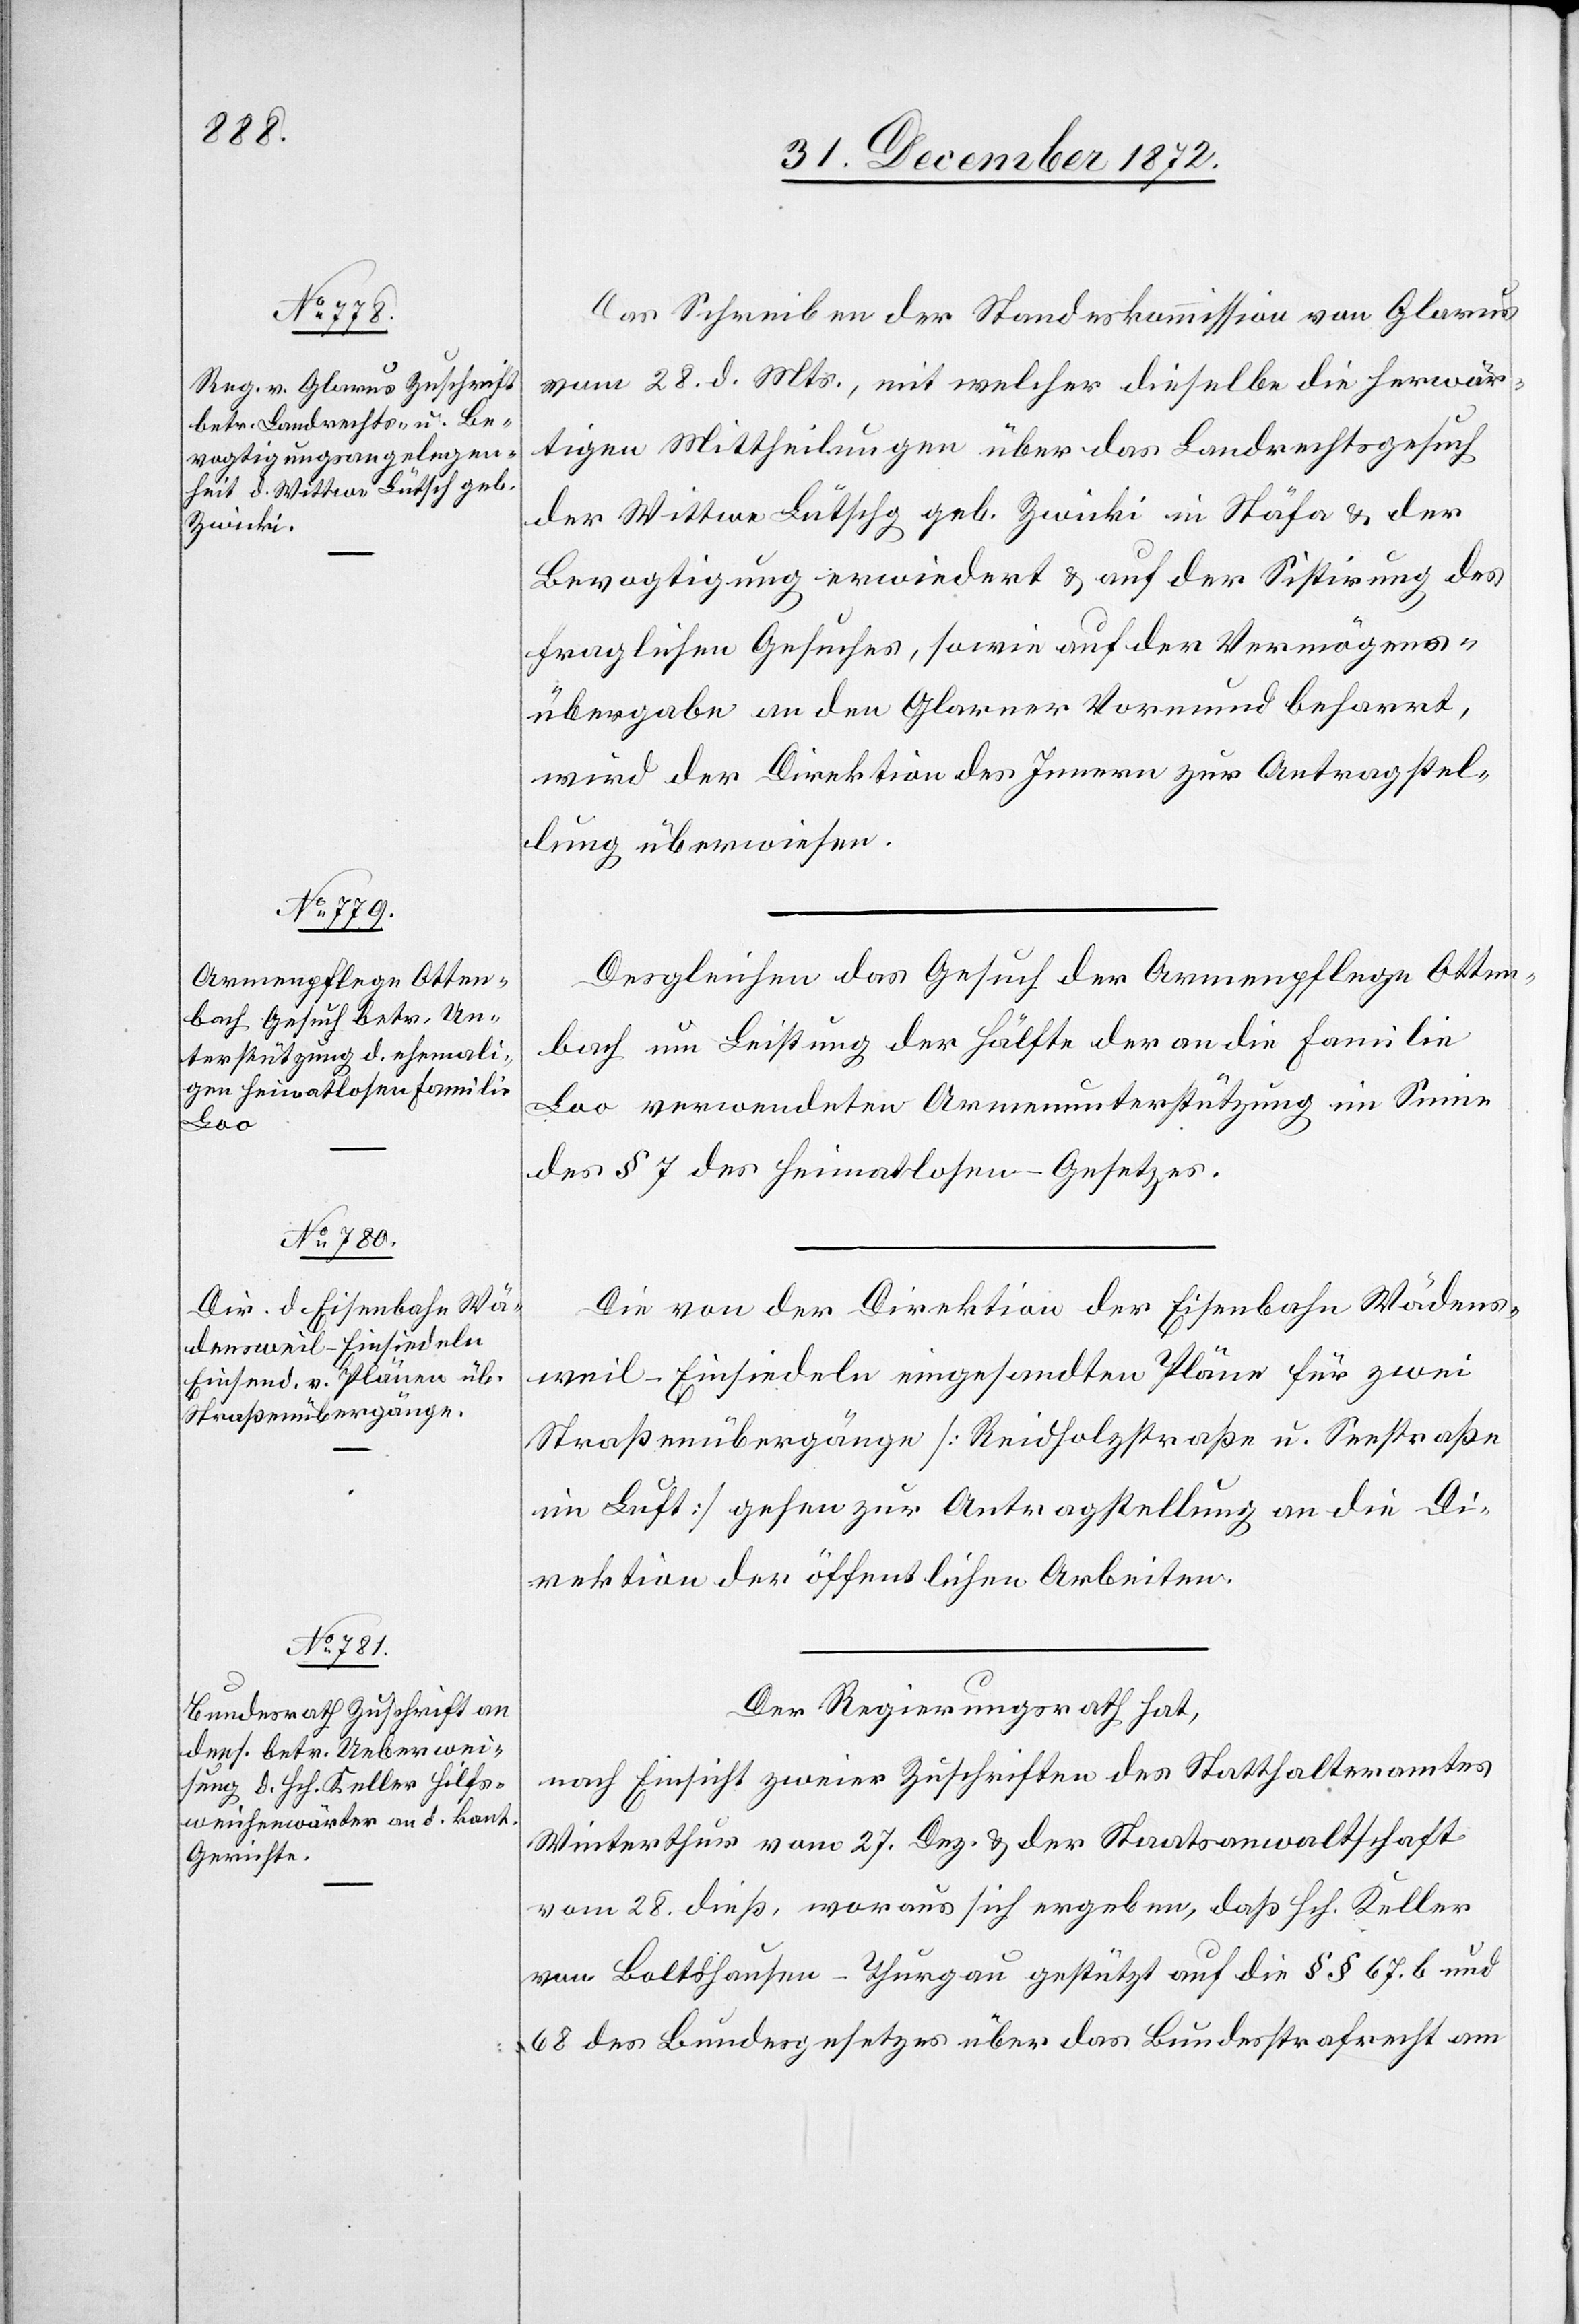
31. December 1872.]
Das Schreiben der Standeskommission von Glarus
vom 28. d. Mts., mit welcher dieselbe die herwär¬
tigen Mittheilungen über das Landrechtsgesuch
der Wittwe Lütschg geb. Zwicki in Stäfa u. der
Bevogtigung erwiedert u. auf der Sistirung des
fraglichen Gesuches, sowie auf der Vermögens¬
übergabe an den Glarner Vormund beharrt,
wird der Direktion des Innern zur Antragstel¬
lung überwiesen.
Desgleichen das Gesuch der Armenpflege Otten¬
bach um Leistung der Hälfte der an die Familie
Loo verwendeten Armenunterstützung im Sinne
des § 7 des Heimatlosen-Gesetzes.
Die von der Direktion der Eisenbahn Wädens¬
weil–Einsiedeln eingesandten Pläne für zwei
Straßenübergänge [Reidholzstraße u. Seestraße
im Luft] gehen zur Antragstellung an die Di¬
rektion der öffentlichen Arbeiten.
Der Regierungsrath hat,
nach Einsicht zweier Zuschriften des Statthalteramtes
Winterthur vom 27. Dez. u. der Staatsanwaltschaft
vom 28. dieß, woraus sich ergeben, daß Hch. Keller
von Boltshausen-Thurgau gestützt auf die §§ 67. b und
68 des Bundesgesetzes über das Bundesstrafrecht am